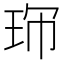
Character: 𤤚